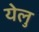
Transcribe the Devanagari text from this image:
येलु